Vaccination in Burma 1920-1933 - 1920-1933
Year: 1920
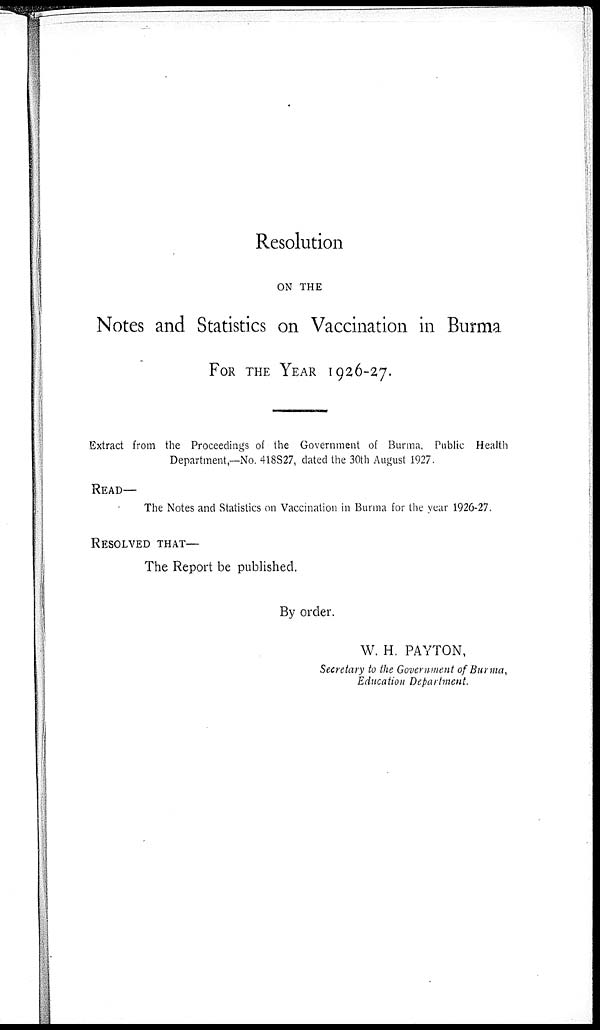
Resolution
ON THE
Notes and Statistics on Vaccination in Burma
FOR THE YEAR 1926-27.
Extract from the Proceedings of the Government of Burma, Public Health
Department,—No. 418827, dated the 30th August 1927.
READ—
The Notes and Statistics on Vaccination in Burma for the year 1926-27.
RESOLVED THAT—
The Report be published.
By order.
W. H. PAYTON,
Secretary to the Government of Burma,
Education Department.